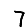
Digit: 7